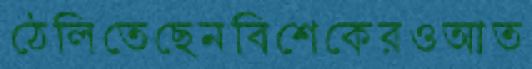
ঠেলিতেছেনবিশেকেরওআত